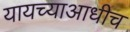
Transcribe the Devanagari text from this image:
यायच्याआधीच